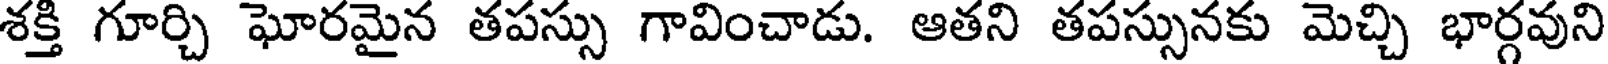
శక్తి గూర్చి ఘోరమైన తపస్సు గావించాడు. ఆతని తపస్సునకు మెచ్చి భార్గవుని